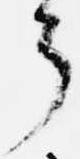
了